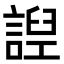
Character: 䛼